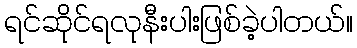
ရင်ဆိုင်ရလုနီးပါးဖြစ်ခဲ့ပါတယ်။